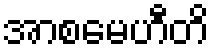
အာစမေဟီတိ